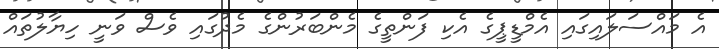
އެ މައްސަލައިގައި އެމްޑީޕީގެ އެކި ފަންތީގެ މެންބަރުންގެ މެދުގައި ވެސް ވަނީ ހިޔާލުތައް